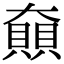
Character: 𡚔